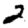
Digit: 2